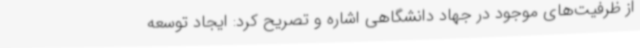
از ظرفیت‌های موجود در جهاد دانشگاهی اشاره و تصریح کرد: ایجاد توسعه